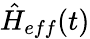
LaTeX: \hat{H}_{eff}(t)